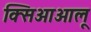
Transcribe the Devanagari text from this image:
क्सिआओलू